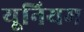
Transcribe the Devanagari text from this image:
यूनियम